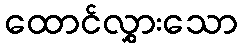
ထောင်လွှားသော